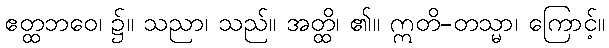
ဧတ္ထဘဝေ၊ ၌။ သညာ၊ သည်။ အတ္ထိ၊ ၏။ ဣတိ-တသ္မာ၊ ကြောင့်။